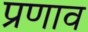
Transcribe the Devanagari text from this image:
प्रणाव